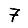
Digit: 7